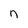
Character: n